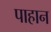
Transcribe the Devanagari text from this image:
पाहान